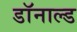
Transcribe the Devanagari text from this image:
डाॅनाल्ड